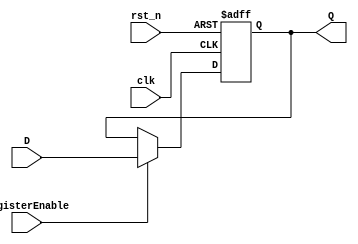
module registerCell(
      input registerEnable,
      input clk,
	   input rst_n,
		input [31:0] D,
		output reg [31:0] Q
);
		
always @ (negedge clk, negedge rst_n) begin
     if (!rst_n) begin
         Q <= 32'd0;
	  end else if (registerEnable) begin
	      Q <= D;
	  end	else begin
	      Q <= Q;
	end 
end
endmodule